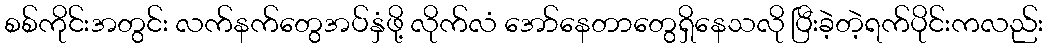
စစ်ကိုင်းအတွင်း လက်နက်တွေအပ်နှံဖို့ လိုက်လံ အော်နေတာတွေရှိနေသလို ပြီးခဲ့တဲ့ရက်ပိုင်းကလည်း